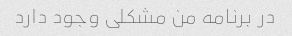
در برنامه من مشکلی وجود دارد